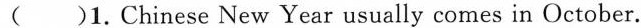
( )1.Chinese New Year usually comes in October.